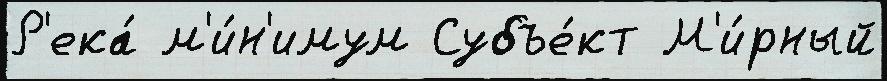
Р'ека́ м'и́н'имум Субъе́кт М'и́рный